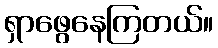
ရှာဖွေနေကြတယ်။